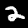
Digit: 2